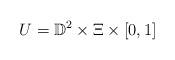
LaTeX: \begin{align*}U = \mathbb{D}^2 \times \Xi \times [0, 1] \end{align*}